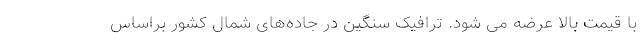
با قیمت بالا عرضه می شود. ترافیک سنگین در جاده‌های شمال کشور براساس